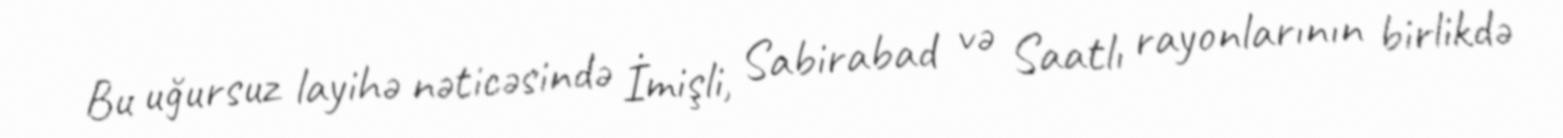
Bu uğursuz layihə nəticəsində İmişli, Sabirabad və Saatlı rayonlarının birlikdə